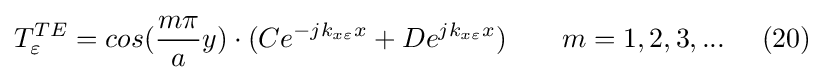
T_{\varepsilon }^{TE}=cos({\frac {m\pi }{a}}y)\cdot (Ce^{-jk_{x\varepsilon }x}+De^{jk_{x\varepsilon }x})\ \ \ \ \ \ m=1,2,3,...\ \ \ \ (20)